Annual report of the Imperial Bacteriological Laboratory, Muktesar
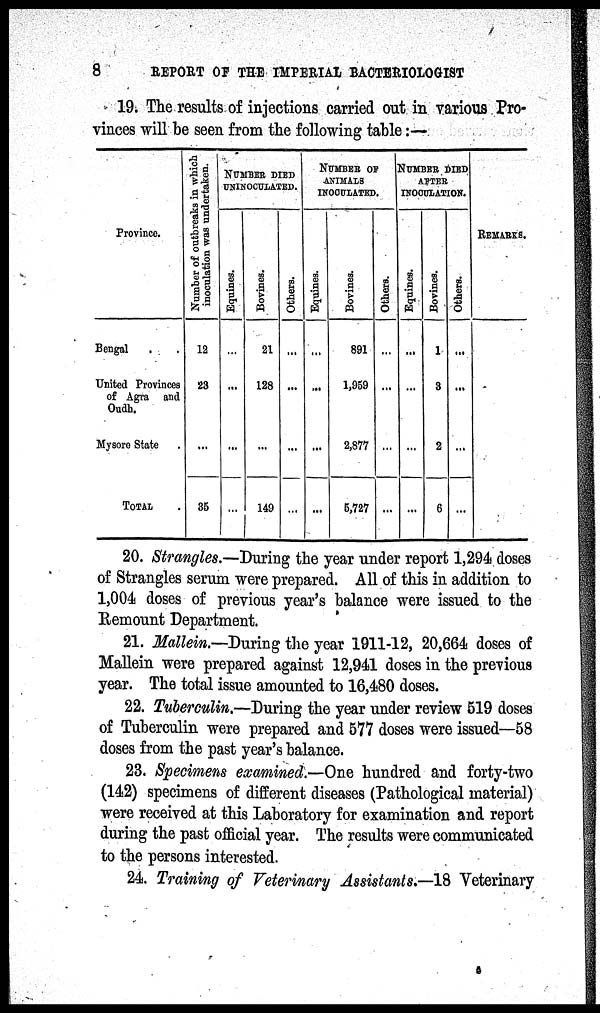
8
REPORT OF THE IMPERIAL BACTERIOLOGIST
19. The results of injections carried out in various Pro-
vinces will be seen from the following table:—
Province.
Bengal
United Provinces
of Agra and
Oudh.
Mysore State
TOTAL
Number of outbreaks in which
inoculation was undertaken.
12
23
...
35
NUMBER DIED
UNINOCULATED.
Equines.
...
...
...
...
Bovines.
21
128
...
149
Others.
...
...
...
...
NUMBER OF
ANIMALS
INOCULATED.
Equines.
...
...
...
...
Bovines.
891
1,959
2,877
5,727
Others.
...
...
...
...
NUMBER
DIED
AFTER
INOCULATION.
Equines.
...
...
...
...
Bovines.
1
3
2
6
Others.
...
...
...
...
REMARKS.
20. Strangles.—During the year under report 1,294 doses
of Strangles serum were prepared. All of this in addition to
1,004 doses of previous year's balance were issued to the
Remount Department.
21. Mallein.—During the year 1911-12, 20,664 doses of
Mallein were prepared against 12,941 doses in the previous
year. The total issue amounted to 16,480 doses.
22. Tuberculin.—During the year under review 519 doses
of Tuberculin were prepared and 577 doses were issued—58
doses from the past year's balance.
23. Specimens examined.—One hundred and forty-two
(142) specimens of different diseases (Pathological material)
were received at this Laboratory for examination and report
during the past official year. The results were communicated
to the persons interested.
24. Training of Veterinary Assistants.—18 Veterinary